Lunatic asylums Punjab 1911-1921 - 1911-1921
Year: 1911
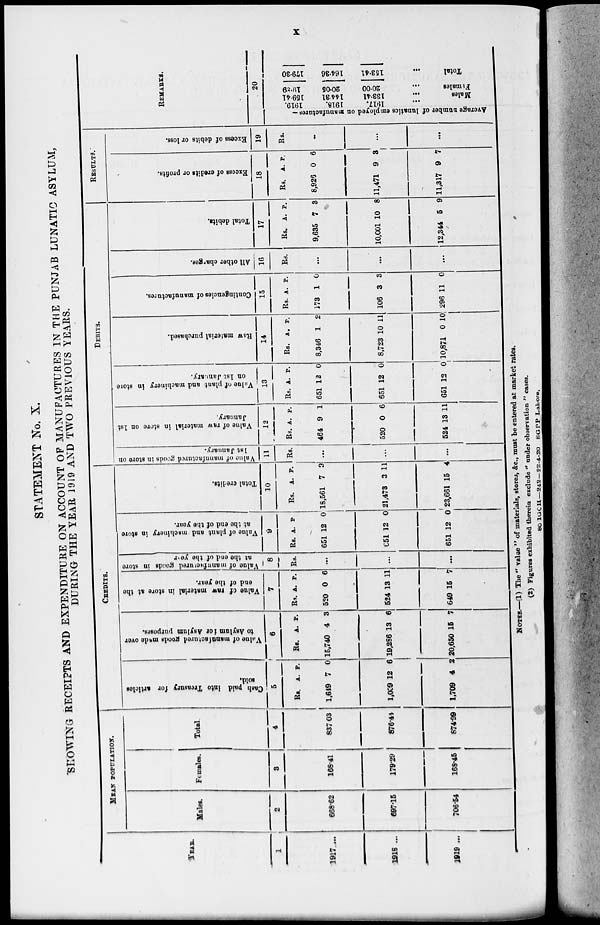
x
STATEMENT No. X.
SHOWING RECEIPTS AND EXPENDITURE ON ACCOUNT OF MANUFACTURES IN THE PUNJAB LUNATIC ASYLUM,
DURING THE YEAR 1919 AND TWO PREVIOUS YEARS.
YEAR.
1
1917...
1518 ...
1919 ...
MEAN POPULATION.
Males.
2
668.62
697.15
706.54
Females.
3
168.41
179.29
168.45
Total.
4
837.03
876.44
874.99
CREDITS.
Cash paid into Treasury for articles
sold.
5
Rs.
1,649
1,009
1,709
A.
7
12
4
P.
0
6
2
Value of manufactured goods made over
to Asylum for Asylum purposes.
6
Rs.
15,740
19,286
20,650
A.
4
13
15
P
3
6
7
Value of raw material in store at the
end of the year.
7
Rs.
520
524
649
A.
0
13
15
P.
6
11
7
Value of manufucrured goods in store
at the end of the year
8
Rs.
...
...
...
Value of plant and machinery in store
at the end of the year.
9
Rs.
651
651
651
A.
12
12
12
P.
0
0
0
Total credits.
10
Rs.
18,561
21,473
23,661
A.
7
3
15
P.
3
11
4
DEBITS.
Value of manufactured goods in store on
1st January.
11
Rs.
...
...
...
Value of raw material in store on 1st
January.
12
Rs.
464
520
524
A.
9
0
13
P.
1
6
11
Value of plant and machinery in store
on 1st January.
13
Rs.
651
651
651
A.
12
12
12
P.
0
0
0
Raw material purchased.
14
Rs.
8,346
8,723
10,871
A.
1
10
0
P.
2
11
10
Contingencies of manufactures.
15
Rs.
173
106
296
A.
1
3
11
P.
0
3
0
All other changes.
16
Rs.
...
...
...
Total debits.
17
Rs.
9,635
10,001
12,344
A.
7
10
5
P
3
8
9
RESULTS.
Excess of credits or profits.
18
Rs.
8,926
11,471
11,317
A.
0
9
9
P
6
3
7
Excess of debits or loss.
19
Rs.
...
...
...
REMARKS.
20
Average number of lunatics employed on
... 1917. 1918. 1919.
Males ... 133.41 144.31 159.41
Females ... 20.00 20.05 19.89
Total ...153.41 164.36 179.3
NOTES.—(1) The " value " of materials, stores, &c., must be entered at market rates.
(2) Figures exhibited therein exclude " under observation " cases.
80 IGOH—242—22-4-20 SGPP Lahore.